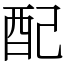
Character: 配